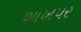
શાખપર